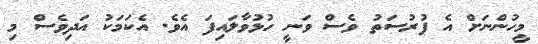
މީހުންނަށް އެ ފުރުސަތު ވެސް ވަނީ ހުޅުވާލައިފަ އެވެ. އެކަމަކު އަދިވެސް މި